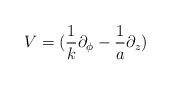
LaTeX: \begin{align*}{\displaystyle{V=(\frac{1}{k} \partial_{\phi}-\frac{1}{a}\partial_{z})}}\end{align*}